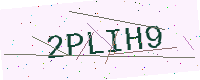
Text: 2PLIH9